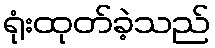
ရုံးထုတ်ခဲ့သည်